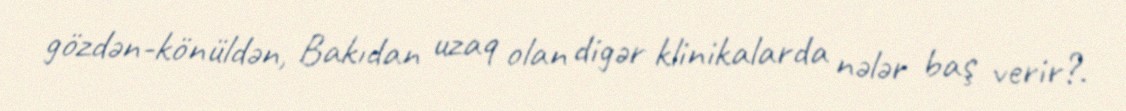
gözdən-könüldən, Bakıdan uzaq olan digər klinikalarda nələr baş verir?.